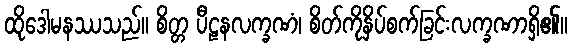
ထိုဒေါမနဿသည်။ စိတ္တ ပီဠနလက္ခဏံ၊ စိတ်ကိုနှိပ်စက်ခြင်းလက္ခဏာရှိ၏။